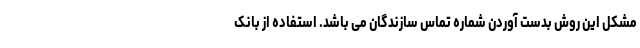
مشکل این روش بدست آوردن شماره تماس سازندگان می باشد. استفاده از بانک